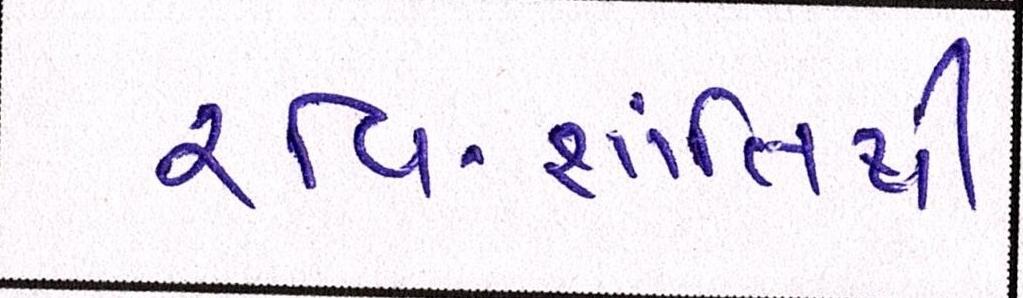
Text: રવિ-શાંતિથી